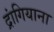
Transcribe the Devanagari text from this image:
द्रांगियाना